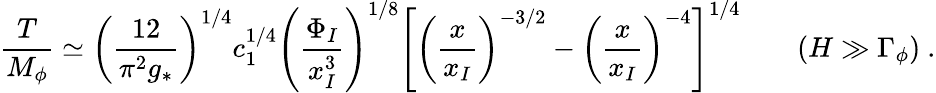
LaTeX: \frac{T}{M_{\phi}}\simeq\left(\frac{12}{\pi^{2}g_{*}}\right)^{1/4}c_{1}^{1/4}\left(\frac{\Phi_{I}}{x_{I}^{3}}\right)^{1/8}\left[\left(\frac{x}{x_{I}}\right)^{-3/2}-\left(\frac{x}{x_{I}}\right)^{-4}\right]^{1/4}\qquad(H\gg\Gamma_{\phi})\ .